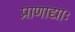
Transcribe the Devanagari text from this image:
प्राणाद्याः